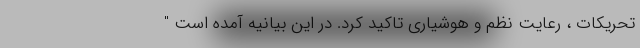
تحریکات ، رعایت نظم و هوشیاری تاکید کرد. در این بیانیه آمده است "